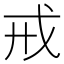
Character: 戒